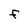
Character: f